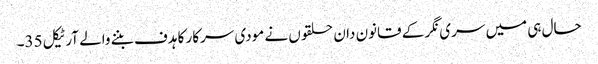
حال ہی میں سری نگر کے قانون دان حلقوں نے مودی سرکار کا ہدف بننے والے آرٹیکل 35۔